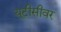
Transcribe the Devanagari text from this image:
यूटीसीवर